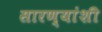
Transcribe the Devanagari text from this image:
सारण्यांशी